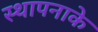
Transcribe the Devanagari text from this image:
स्थापनाके